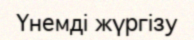
Үнемді жүргізу